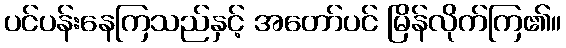
ပင်ပန်းနေကြသည်နှင့် အတော်ပင် မြိန်လိုက်ကြ၏။